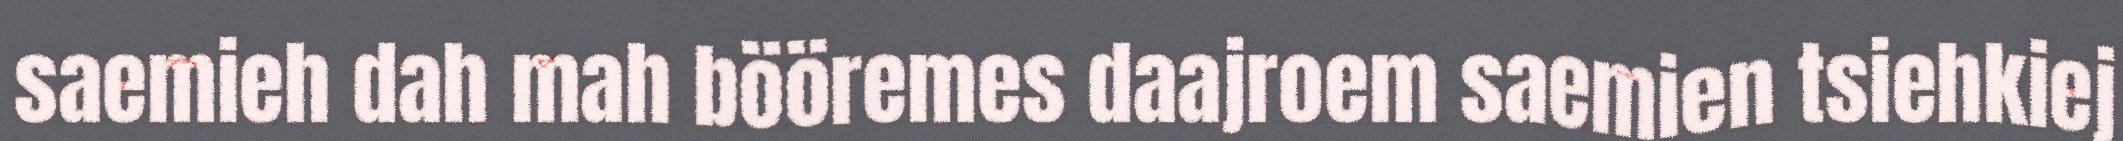
saemieh dah mah bööremes daajroem saemien tsiehkiej